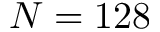
N = 1 2 8